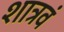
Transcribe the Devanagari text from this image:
शात्रवं